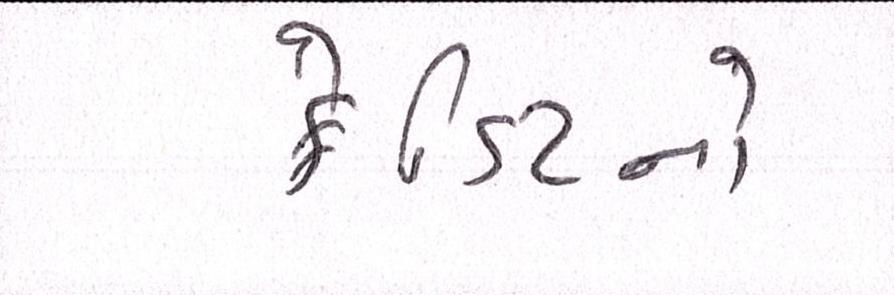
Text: ક્રેડિટનો